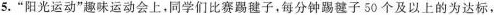
5.”阳光运动”趣味运动会上，同学们比赛踢毽子，每分钟踢毽子50个及以上的为达标，